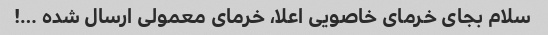
سلام بجای خرمای خاصویی اعلا، خرمای معمولی ارسال شده …!